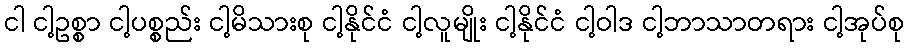
ငါ ငါ့ဥစ္စာ ငါ့ပစ္စည်း ငါ့မိသားစု ငါ့နိုင်ငံ ငါ့လူမျိုး ငါ့နိုင်ငံ ငါ့ဝါဒ ငါ့ဘာသာတရား ငါ့အုပ်စု